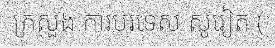
ក្រសួង ការបរទេស សូវៀត (